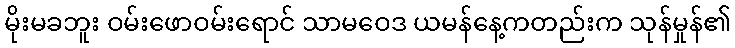
မိုးမခဘူး ဝမ်းဖောဝမ်းရောင် သာမဝေဒ ယမန်နေ့ကတည်းက သုန်မှုန်၏